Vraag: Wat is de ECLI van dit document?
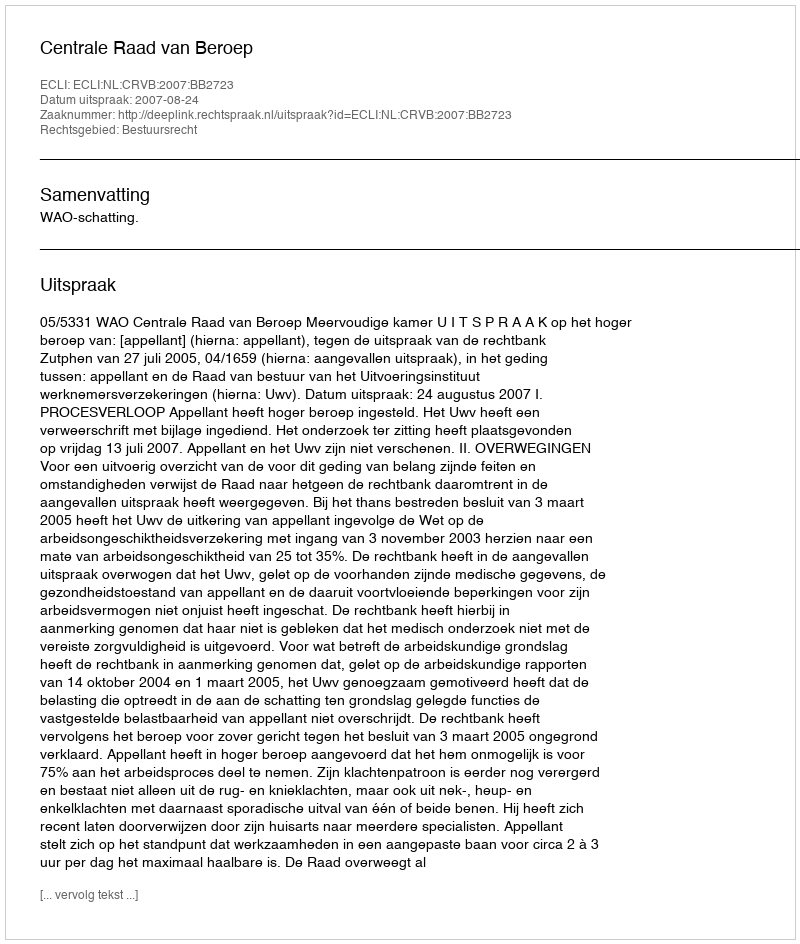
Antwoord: ECLI:NL:CRVB:2007:BB2723